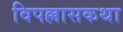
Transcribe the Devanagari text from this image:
विपल्लासकथा